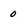
Character: 0